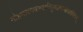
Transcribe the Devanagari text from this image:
मोहमारणवश्यादितुच्छमन्त्रोपदर्शिनम्